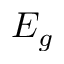
E _ { g }